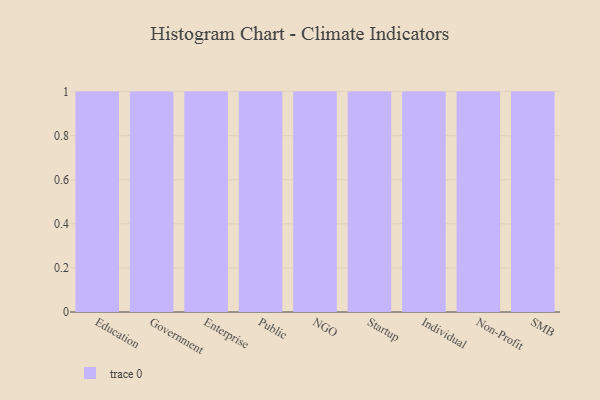
{"axis": {"x": "Segment", "y": "Latency (ms)"}, "legend": [""], "data": [{"x": "Education", "y": 97, "type": ""}, {"x": "Government", "y": 9, "type": ""}, {"x": "Enterprise", "y": 52, "type": ""}, {"x": "Public", "y": 72, "type": ""}, {"x": "NGO", "y": 35, "type": ""}, {"x": "Startup", "y": 48, "type": ""}, {"x": "Individual", "y": 81, "type": ""}, {"x": "Non-Profit", "y": 34, "type": ""}, {"x": "SMB", "y": 97, "type": ""}]}